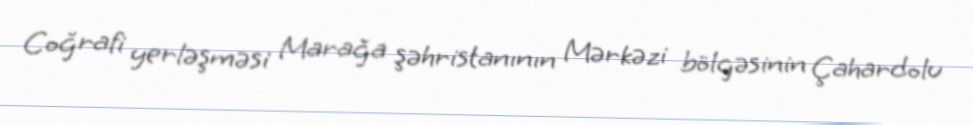
Coğrafi yerləşməsi Marağa şəhristanının Mərkəzi bölgəsinin Çahardolu